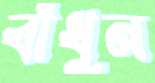
বাঁধুন